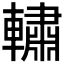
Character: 𰹧